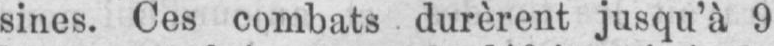
sines. Ces combats durèrent jusqu’à 9